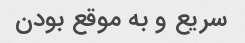
سریع و به موقع بودن